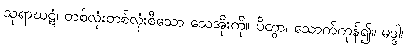
သုရာဃဋံ၊ တစ်လုံးတစ်လုံးစီသော သေအိုးကို။ ပိတွာ၊ သောက်ကုန်၍။ မဒ္ဒါ၊